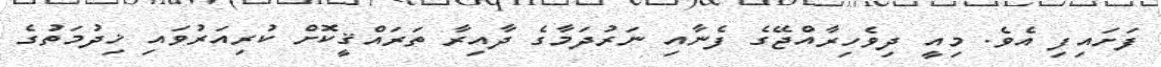
ފަށައިފި އެވެ. މިއީ ދިވެހިރާއްޖޭގެ ފެނާއި ނަރުދަމާގެ ދާއިރާ ތަރައްޤީކޮށް ކުރިއަރުވައި ޚިދުމަތުގެ